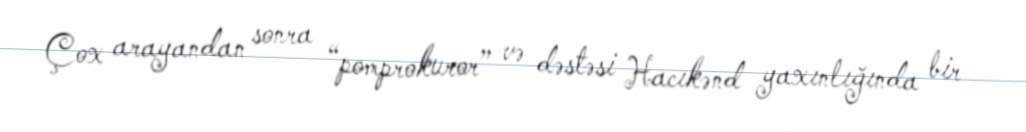
Çox arayandan sonra “pomprokuror” və dəstəsi Hacıkənd yaxınlığında bir